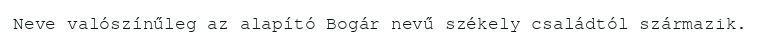
Neve valószínűleg az alapító Bogár nevű székely családtól származik.